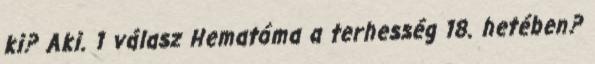
ki? Aki. 1 válasz Hematóma a terhesség 18. hetében?